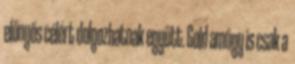
előnyös célért dolgozhatnak együtt. Gold amúgy is csak a